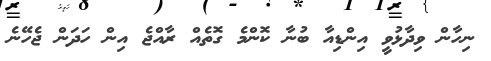
ނިހާން ވިދާޅުވީ އިންޑިއާ ބުނާ ކޮންމެ ގޮތެއް ރާއްޖެ އިން ހަދަން ޖެހޭނެ